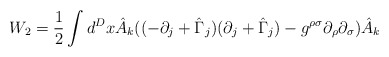
\begin{align*}W_{2} =\frac{1}{2}\int d^{D}x\hat{A}_{k}((-\partial_{j}+\hat{\Gamma}_{j})(\partial_{j}+\hat{\Gamma}_{j})-g^{\rho\sigma}\partial_{\rho}\partial_{\sigma})\hat{A}_{k}\end{align*}